Report on vaccination in the Province of Bengal - 1874-1889
Year: 1874
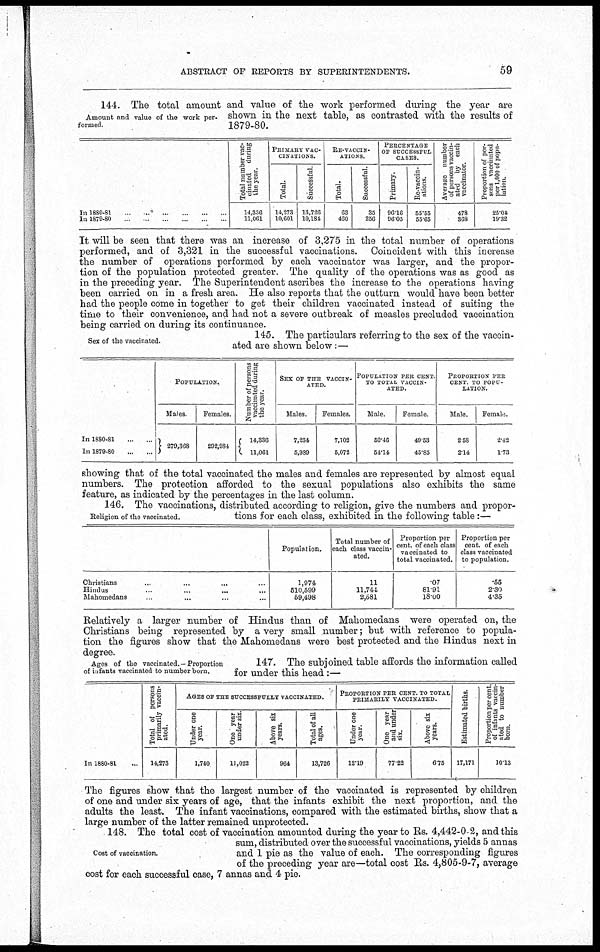
ABSTRACT OF REPORTS BY SUPERINTENDENTS.
59
Amount and value of the work per-
formed.
144. The total amount and value of the work performed during the year are
shown in the next table, as contrasted with the results of
1879-80.
In 1880-81
...
...
...
...
...
...
In 1879-80 ... ... ... ... ... ...
Total number vac-
cinated during
the year.
14,336
11,061
PRIMARY VAC-
CINATIONS.
Total.
14,273
10,601
Successful.
13,726
10,184
RE-VACCIN-
ATIONS.
Total.
63
460
Successful.
35
256
PERCENTAGE
OF SUCCESSFUL
CASES.
Primary.
96.16
96.05
Re-vaccin-
ations.
55.55
55.65
Average number
of persons vaccin-
ated by each
vaccinator.
478
368
Proportion of per-
sons vaccinated
per 1,000 of popu-
lation.
25.04
19.32
It will be seen that there was an increase of 3,275 in the total number of operations
performed, and of 3,321 in the successful vaccinations. Coincident with this increase
the number of operations performed by each vaccinator was larger, and the propor-
tion of the population protected greater. The quality of the operations was as good as
in the preceding year. The Superintendent ascribes the increase to the operations having
been carried on in a fresh area. He also reports that the outturn would have been better
had the people come in together to get their children vaccinated instead of suiting the
time to their convenience, and had not a severe outbreak of measles precluded vaccination
being carried on during its continuance.
Sex of the vaccinated.
145. The particulars referring to the sex of the vaccin-
ated are shown below:—
In 1880-81
...
...
In 1879-80
...
...
POPULATION.
Males.
279,368
Females.
292,984
Number of persons
vaccinated during
the year.
14,336
11,061
SEX OF THE VACCIN-
----.
Males.
7,234
5,989
Females.
7,102
5,072
POPULATION PER CENT
TO TOTAL VACCIN-
ATED.
Male.
50.46
54.14
Female.
49.53
45.85
PROPORTION PER
CENT TO POPU-
LATION.
Male.
2.58
2.14
Female.
2.42
1.73
showing that of the total vaccinated the males and females are represented by almost equal
numbers. The protection afforded to the sexual populations also exhibits the same
feature, as indicated by the percentages in the last column.
Religion of the vaccinated.
146. The vaccinations, distributed according to religion, give the numbers and propor-
tions for each class, exhibited in the following table:—
Christians ... ... ... ...
Hindus ... ... ... ...
Mahomedans ... ... ... ...
Population.
1,974.
510,599
59,498
Total number of
each class vaccin-
ated.
11
11,744
2,581
Proportion per
cent. of each class
vaccinated to
total vaccinated.
07
81.91
18.00
Proportion per
cent. of each
class vaccinated
to population.
.55
2.30
4.35
Relatively a larger number of Hindus than of Mahomedans were operated on, the
Christians being represented by a very small number; but with reference to popula-
tion the figures show that the Mahomedans were best protected and the Hindus next in
degree.
Ages of the vaccinated.- Proportion
of infants vaccinated to number born.
147. The subjoined table affords the information called
for under this head :—
In 1880-81 ...
Total of persons
primarily vaccin-
ated.
14,273
AGES OF THE SUCCESSFULLY VACCINATED.
Under one
year.
1,740
One year
under six
11,022
Above six
years.
964
Total of all
ages.
13,726
PROPORTION PER CENT. TO TOTAL
PRIMARILY VACCINATED.
Under one
year.
12.19
One year
and under
six.
77.22
Above six
years.
6.75
Estimated births.
17,171
Proportion per cent
of infants vaccin-
ated to number
born.
10.13
The figures show that the largest number of the vaccinated is represented by children
of one and under six years of age, that the infants exhibit the next proportion, and the
adults the least. The infant vaccinations, compared with the estimated births, show that a
large number of the latter remained unprotected.
Cost of vaccination.
148. The total cost of vaccination amounted during the year to Rs. 4,442-0-2, and this
sum, distributed over the successful vaccinations, yields 5 annas
and 1 pie as the value of each. The corresponding figures
of the preceding year are—total cost Rs. 4,805-9-7, average
cost for each successful case, 7 annas and 4 pie.